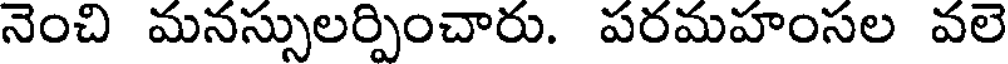
నెంచి మనస్సులర్పించారు. పరమహంసల వలె